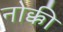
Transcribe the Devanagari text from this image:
नोक्की